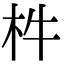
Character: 㭌